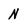
Character: N